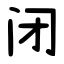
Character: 闭